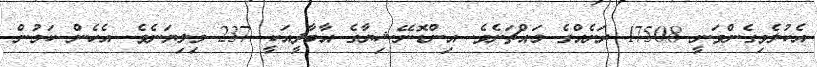
އެކުލެވިގެންވަނީ 17508 ރަށެއްގެ މައްޗަށެވެ. އިންޑޮނޭޝިޔާގެ އާބާދީއަކީ 237 މިލިޔަނެވެ. އެހެން ކަމުން